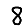
Digit: 8